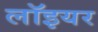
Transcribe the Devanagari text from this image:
लॉइयर